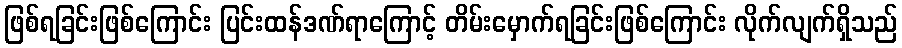
ဖြစ်ရခြင်းဖြစ်ကြောင်း ပြင်းထန်ဒဏ်ရာကြောင့် တိမ်းမှောက်ရခြင်းဖြစ်ကြောင်း လိုက်လျက်ရှိသည်